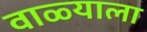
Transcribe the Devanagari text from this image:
वाळ्याला